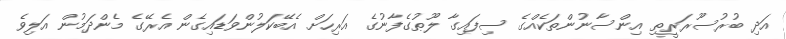
އަދި ބުރުސޫރަރީތި އިންސާނުންތަކެއްގެ ސިފައިގާ ލޫޠުގެފާނުގެ އަރިހަށް އެބޭކަލުންވަޑައިގެން އެރޭގެ މެންދަމުން އަލިވެ